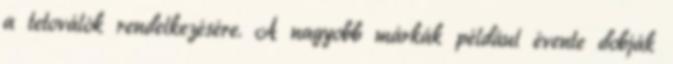
a tetoválók rendelkezésére. A nagyobb márkák például évente dobják